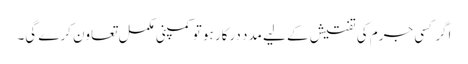
اگر کسی جرم کی تفتیش کے لیے مدد درکار ہو تو کمپنی مکمل تعاون کرے گی۔